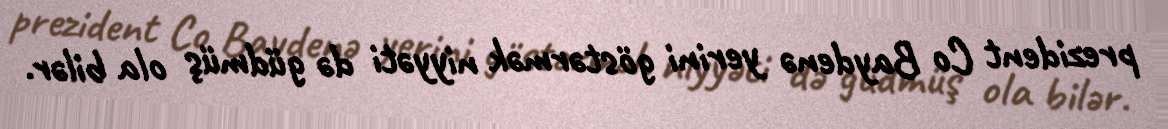
prezident Co Baydenə yerini göstərmək niyyəti də güdmüş ola bilər.